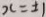
x = \pm 1